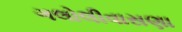
ગલોલીવાસણા